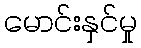
မောင်းနှင်မှု